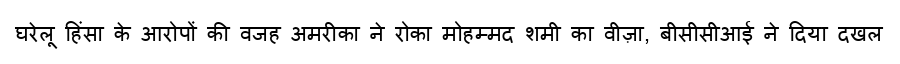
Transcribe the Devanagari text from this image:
घरेलू हिंसा के आरोपों की वजह अमरीका ने रोका मोहम्मद शमी का वीज़ा, बीसीसीआई ने दिया दखल